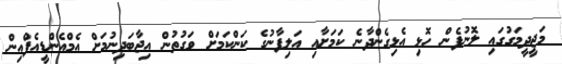
މަޖީދީމަގުގައި ލޮނުފެން ހޮޅި އެޅިގެންދާނެ ކަމަށާއި އަލިފާނުގެ ކަންކަމަށް ވަގުތުން އިޖާބަދިނުމަށް އެމްއެންޑީއެފްއިން